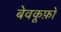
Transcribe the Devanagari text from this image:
बेवकूफ़ों